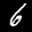
Label: 6